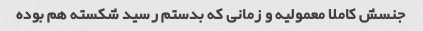
جنسش کاملا معمولیه و زمانی که بدستم رسید شکسته هم بوده